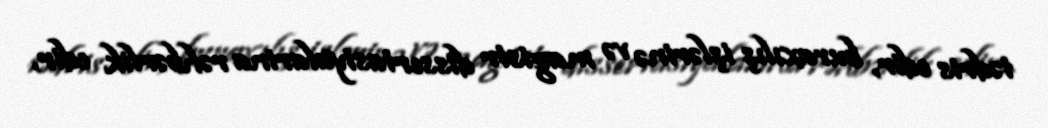
tədris edir, buraxılış işlərinə və magistr dissertasiyalarina rəhbərlik edir,